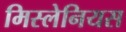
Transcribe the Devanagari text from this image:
मिस्लेनियस